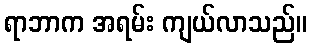
ရာဘာက အရမ်း ကျယ်လာသည်။